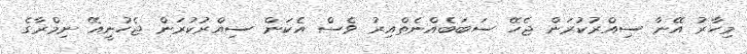
މިހާރު އޭނާ ސިއްރުކުރަން ޖެހޭ ސަބަބެއްނެތްއިރު ވެސް އެކަން ސިއްރުކުރަން ޖެހުނީއޭ ނިމްރާގެ